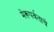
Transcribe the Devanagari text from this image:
मेरूपर्वताचे